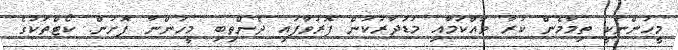
މީހުންނަކީ ތިމާމެން ކުރާ ވައްކަމާއި މުޑުދާރުކަން ފޮރުވާފައި ދެންތިބި މީހުންނާ ފޮށުން. ކޯޓްތަކުގެ